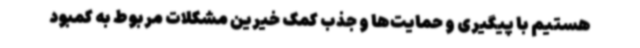
هستیم با پیگیری و حمایت‌ها و جذب کمک خیرین مشکلات مربوط به کمبود